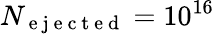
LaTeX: N_{\mathrm{~e~j~e~c~t~e~d~}}=10^{16}